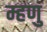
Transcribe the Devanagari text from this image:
म्हणु